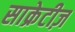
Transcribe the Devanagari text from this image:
साक्रेटीज़